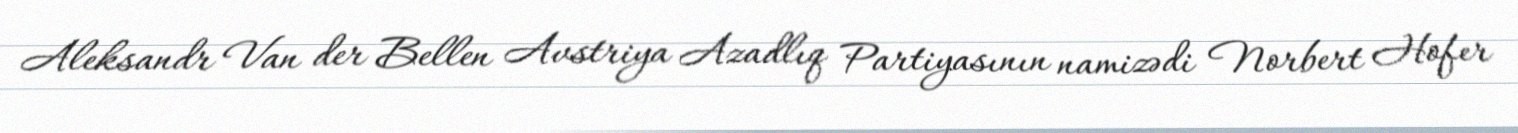
Aleksandr Van der Bellen Avstriya Azadlıq Partiyasının namizədi Norbert Hofer